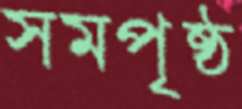
সমপৃষ্ঠ